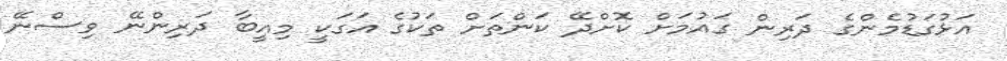
އަޅުގަޑުމެންގެ ދަރިން ގައުމަށް ކޮށްދޭ ކަންތަށް ތަކުގެ އަގަކީ މިއީބާ ދަރިންނޭ ވިސްނޭ